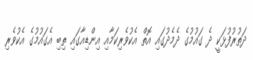
ދަތުރުފުޅަކީ ދެ ގައުމުގެ ދެމެދުގައި އޮތް އެކުވެރިކަމާއި އިންޑިއާގައި ތިބި އެގައުމުގެ އެކުވެރި